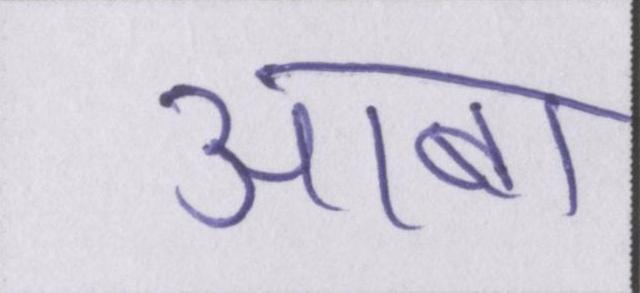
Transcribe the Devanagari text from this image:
आबा